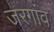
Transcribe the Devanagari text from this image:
जरगांव